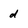
Character: d